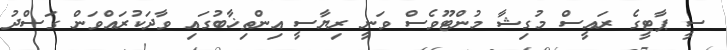
ސީ ޕާޓީގެ ރައީސް މުގިޝާ މުންޓޫވެސް ވަނީ ރިޔާސީ އިންތިޚާބުގައި ވާދަކުރައްވަން ގަސްދު